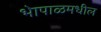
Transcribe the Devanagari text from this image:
भेापाळमधील